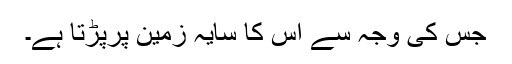
جس کی وجہ سے اس کا سایہ زمین پرپڑتا ہے۔